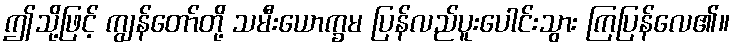
ဤသို့ဖြင့် ကျွန်တော်တို့ သမီးယောက္ခမ ပြန်လည်ပူးပေါင်းသွား ကြပြန်လေ၏။